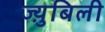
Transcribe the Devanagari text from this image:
ज्य़ुबिली